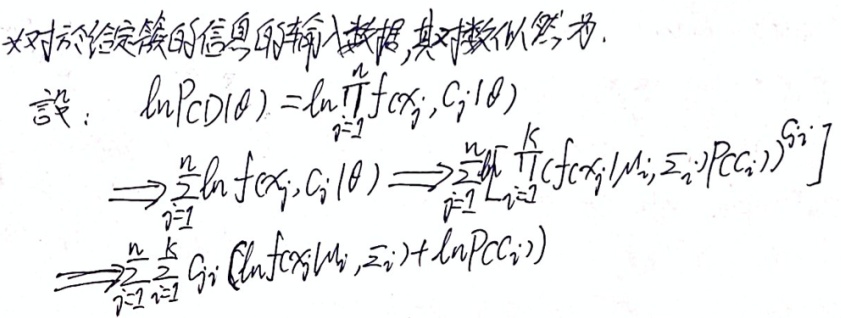
对于给定簇的信息的输入数据，其对数似然为。设：
\[
\begin{align*}
\ln P_{CD}(\theta)&=\ln\prod_{i = 1}^{n}f(x_i,C_i;\theta)\\
&\Rightarrow\sum_{i = 1}^{n}\ln f(x_i,C_i;\theta)\Rightarrow\sum_{i = 1}^{n}\left[\prod_{j = 1}^{K}(f(x_i|\mu_j,\Sigma_j)^{G_{ij}}P(C_j)^{G_{ij}})\right]\\
&\Rightarrow\sum_{i = 1}^{n}\sum_{j = 1}^{K}G_{ij}\left[\ln f(x_i|\mu_j,\Sigma_j)+\ln P(C_j)\right]
\end{align*}
\]